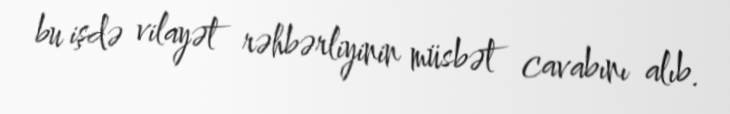
bu işdə vilayət rəhbərliyinin müsbət cavabını alıb.